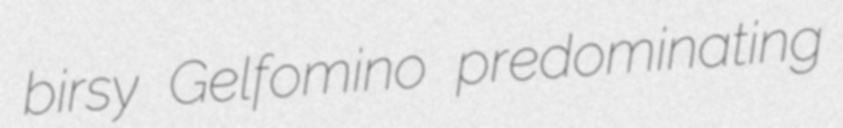
birsy Gelfomino predominating